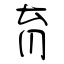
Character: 育